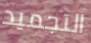
التجميد